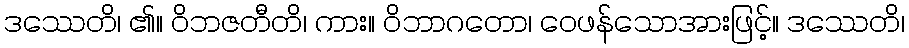
ဒဿေတိ၊ ၏။ ဝိဘဇတီတိ၊ ကား။ ဝိဘာဂတော၊ ဝေဖန်သောအားဖြင့်။ ဒဿေတိ၊